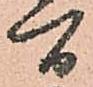
間